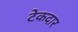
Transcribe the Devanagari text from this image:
टेकदार